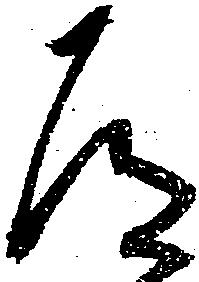
道